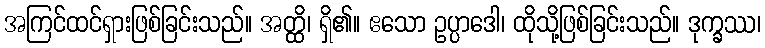
အကြင်ထင်ရှားဖြစ်ခြင်းသည်။ အတ္ထိ၊ ရှိ၏။ ဧသော ဥပ္ပာဒေါ၊ ထိုသို့ဖြစ်ခြင်းသည်။ ဒုက္ခဿ၊